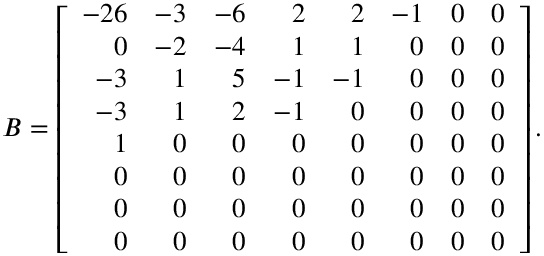
B = \left[ { \begin{array} { r r r r r r r r } { - 2 6 } & { - 3 } & { - 6 } & { 2 } & { 2 } & { - 1 } & { 0 } & { 0 } \\ { 0 } & { - 2 } & { - 4 } & { 1 } & { 1 } & { 0 } & { 0 } & { 0 } \\ { - 3 } & { 1 } & { 5 } & { - 1 } & { - 1 } & { 0 } & { 0 } & { 0 } \\ { - 3 } & { 1 } & { 2 } & { - 1 } & { 0 } & { 0 } & { 0 } & { 0 } \\ { 1 } & { 0 } & { 0 } & { 0 } & { 0 } & { 0 } & { 0 } & { 0 } \\ { 0 } & { 0 } & { 0 } & { 0 } & { 0 } & { 0 } & { 0 } & { 0 } \\ { 0 } & { 0 } & { 0 } & { 0 } & { 0 } & { 0 } & { 0 } & { 0 } \\ { 0 } & { 0 } & { 0 } & { 0 } & { 0 } & { 0 } & { 0 } & { 0 } \end{array} } \right] .